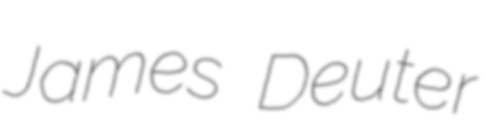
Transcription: James Deuter